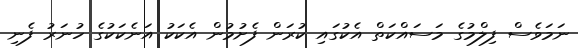
ނަމަވެސް ފިލްމުގެ މަސައްކަތް އެކުގައި ކުރަން ފެށުމުން އެކަކު އަނެކަކުގެ ހުނަރު ފެނި